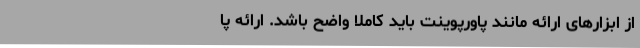
از ابزارهای ارائه مانند پاورپوینت باید کاملاً واضح باشد. ارائه پا